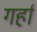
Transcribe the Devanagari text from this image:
गर्हा